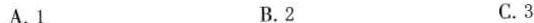
A.1 B.2 C.3